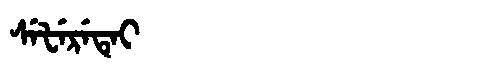
Manchu: ᠰᡝᡶᡝᡵᡝᡨᡝᡳ
Romanization: SEFERETEI